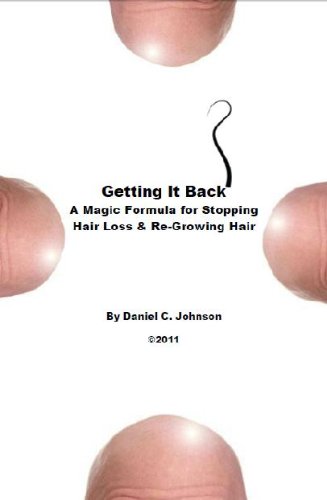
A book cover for Getting it Back: A Magic Formula for Stopping Hair Loss and Re-Growing Hair; Daniel Johnson; Health, Fitness & Dieting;